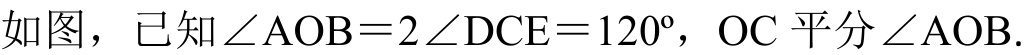
如图，已知\(\angle AOB = 2\angle DCE=120^{\circ}\)，\(OC\) 平分 \(\angle AOB\).